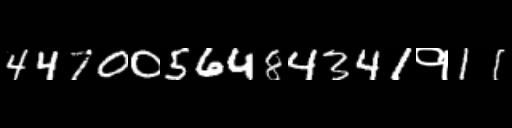
Text: 4470056484341१11